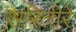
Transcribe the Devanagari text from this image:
सरितीरे